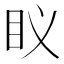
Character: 𮵅